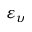
\varepsilon _ { \upsilon }